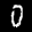
Label: 0